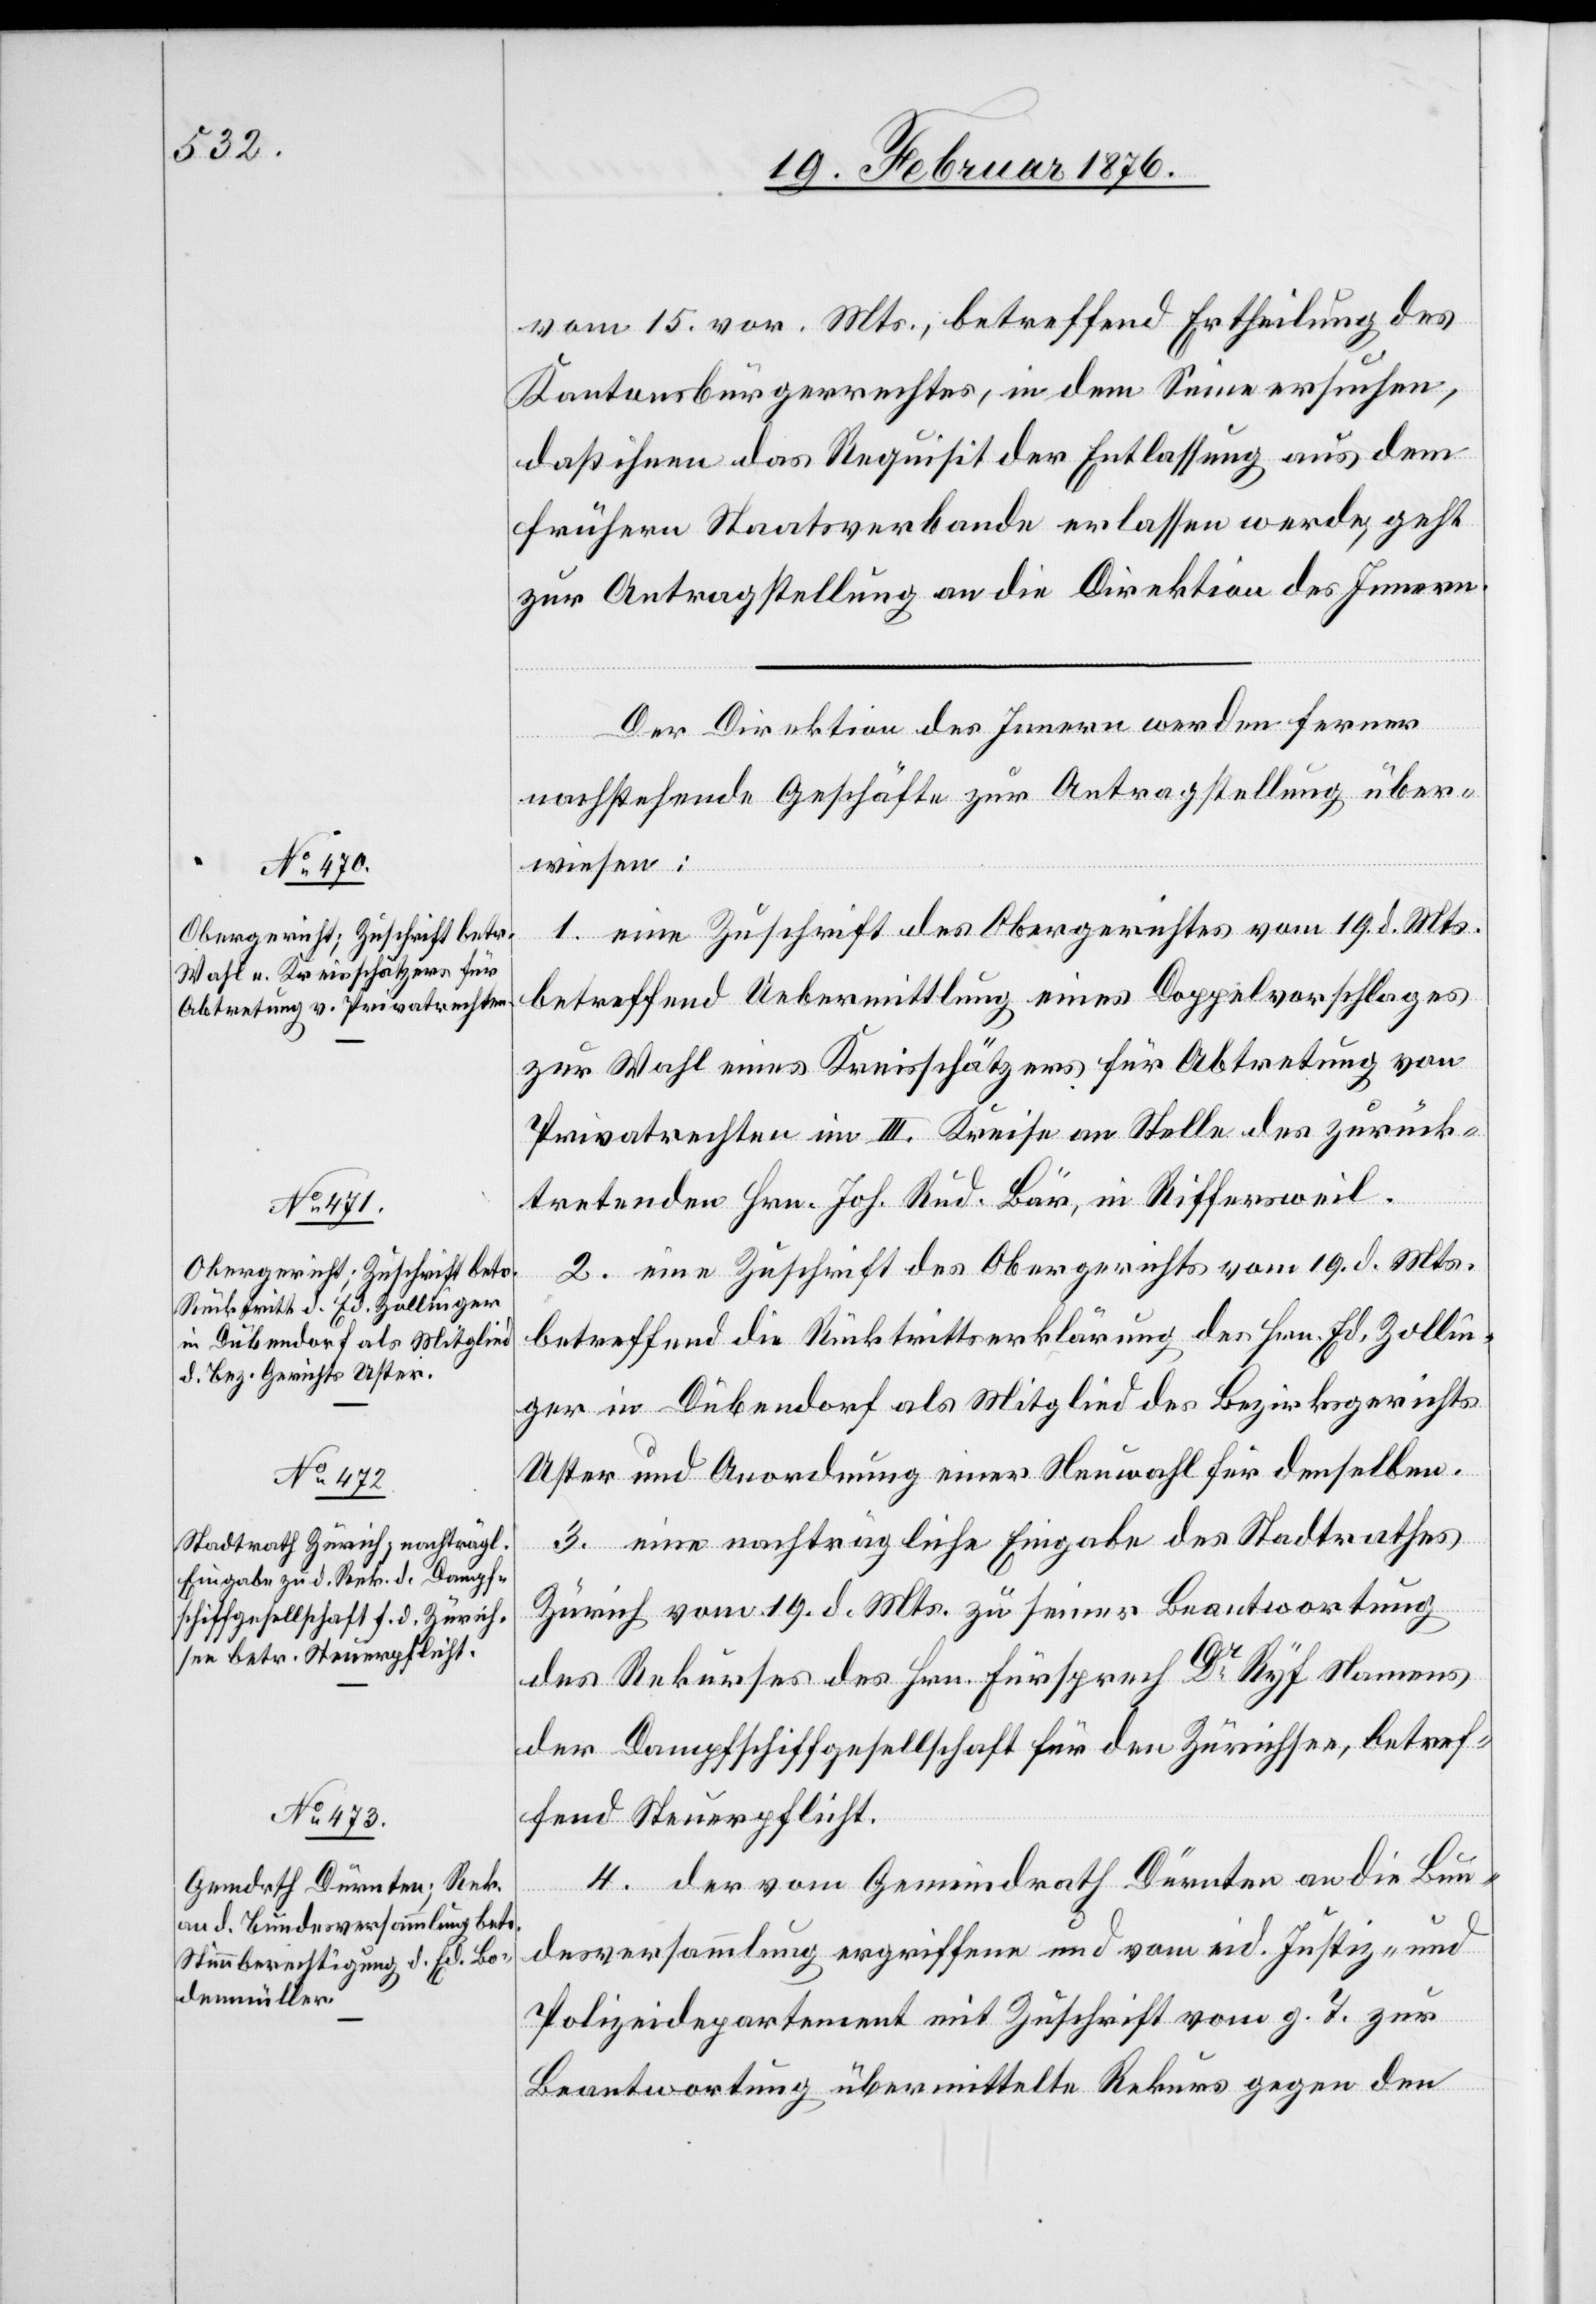
Zollin¬

23. Februar 1876.]
vom 15. vor. Mts., betreffend Ertheilung des
Kantonsbürgerrechtes, in dem Sinne ersuchen,
daß ihnen das Requisit der Entlassung aus dem
frühern Staatsverbande erlassen werde, geht
zur Antragstellung an die Direktion des Innern.
Der Direktion des Innern werden ferner
nachstehende Geschäfte zur Antragstellung über¬
wiesen:
1. eine Zuschrift des Obergerichtes vom 19. d. Mts.
betreffend Uebermittlung eines Doppelvorschlages
zur Wahl eines Kreisschätzers für Abtretung von
Privatrechten im III. Kreise an Stelle des zurück¬
tretenden Hrn. Jh. Rud. Bär, in Riffersweil.
2. eine Zuschrift des Obergerichts vom 19. d. Hrn.
ger in Dübendorf als Mitglied des Bezirksgerichts
Uster und Anordnung einer Neuwahl für denselben.
3. eine nachträgliche Eingabe des Stadtrathes
Zürich vom 19. d. Mts. zu seiner Beantwortung
des Rekurses des Hrn. Fürsprech Dr Ryf Namens
der Dampfschiffgesellschaft für den Zürichsee, betref¬
fend Steuerpflicht.
4. der vom Gemeindrath Dürnten an die Bun¬
desversammlung ergriffene und vom eid. Justiz- und
Polizeidepartement mit Zuschrift vom g. T. zur
Beantwortung übermittelte Rekurs gegen den